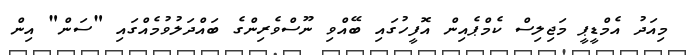
މިއަދު އެމްޑީޕީ މަޖިލިސް ކެމްޕެއިން އޮފީހުގައި ބޭއްވި ނޫސްވެރިންގެ ބައްދަލުވުމެއްގައި "ސަން" އިން